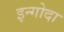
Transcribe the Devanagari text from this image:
इन्गोदा